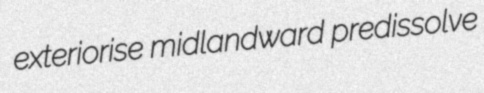
exteriorise midlandward predissolve